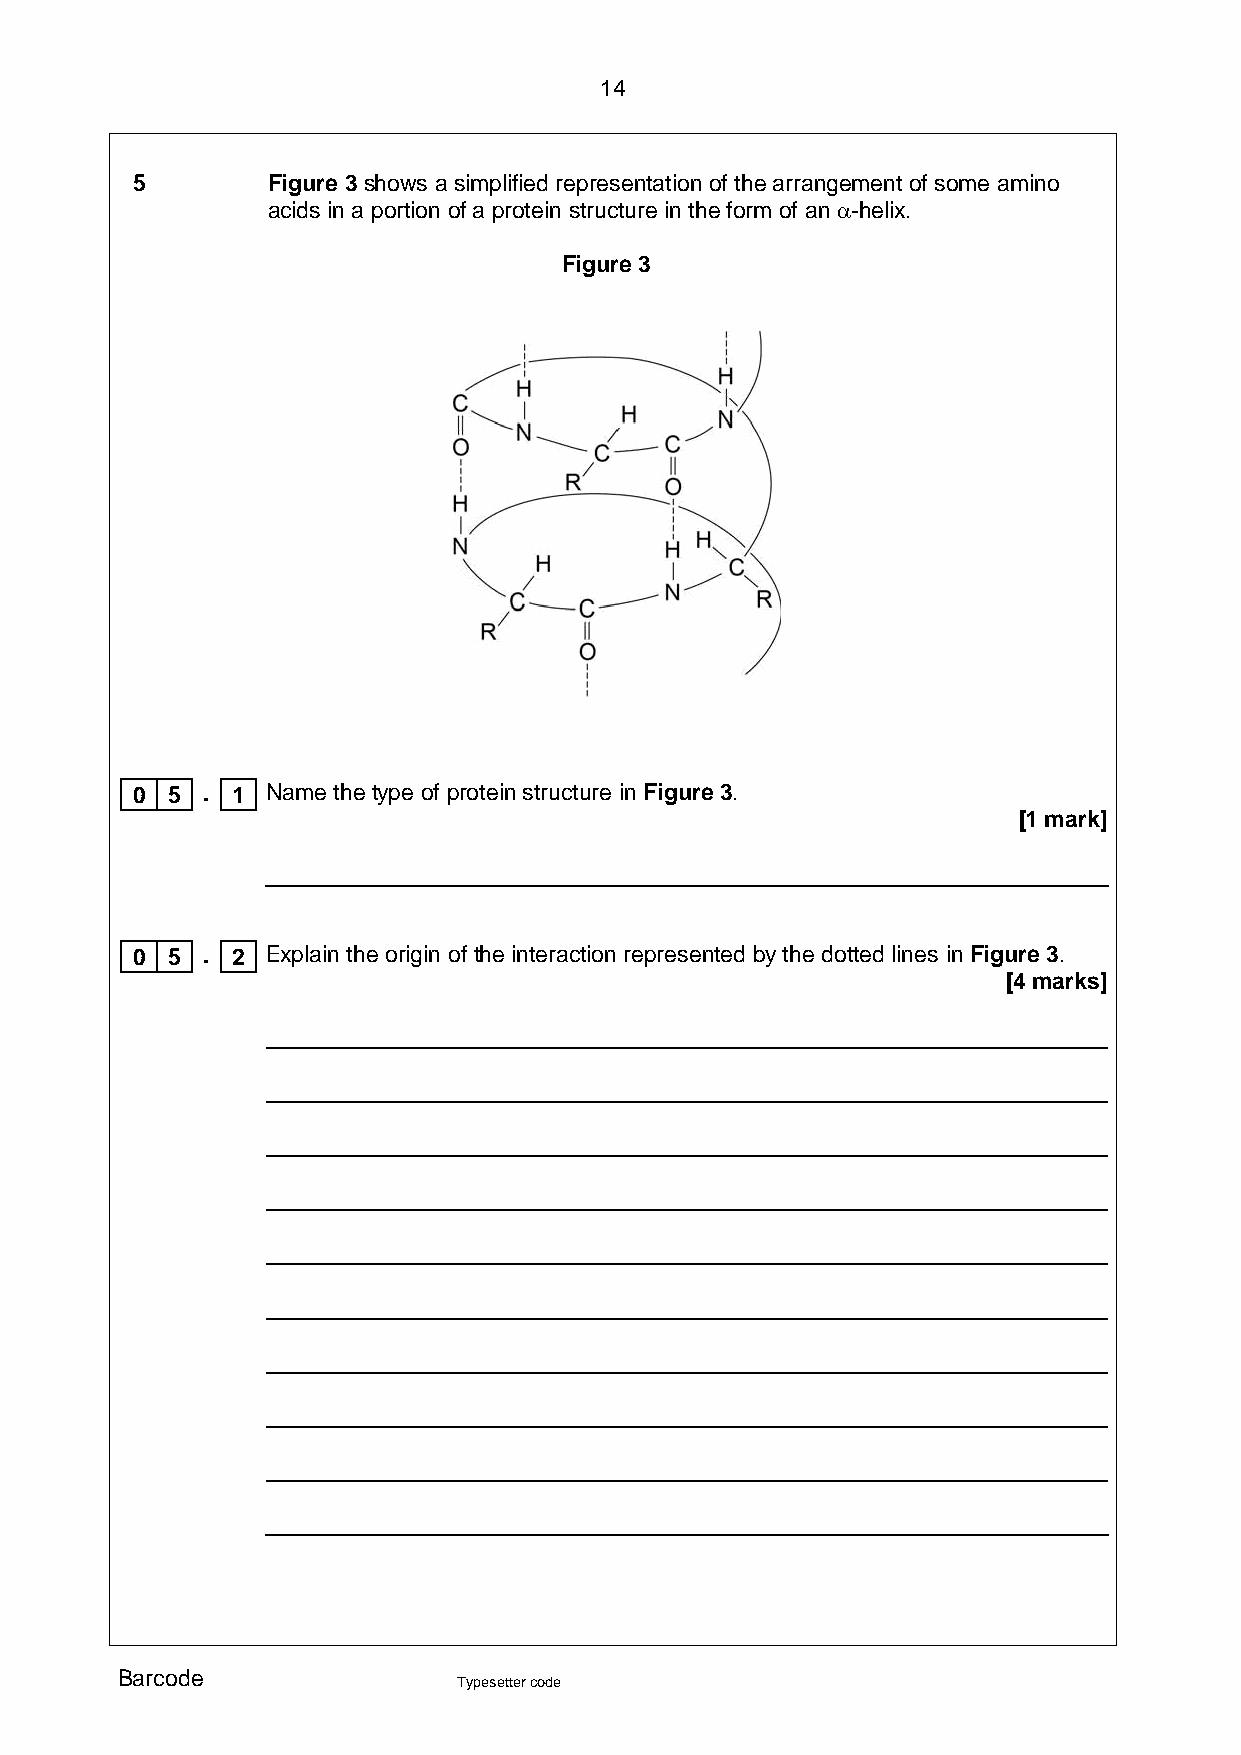
14
 5        Figure 3 shows a simplified representation of the arrangement of some amino
 acids in a portion of a protein structure in the form of an α-helix.
 Figure 3
 0 5 . 1  Name the type of protein structure in Figure 3.
 [1 mark]
 0 5 . 2  Explain the origin of the interaction represented by the dotted lines in Figure 3.
 [4 marks]
 Barcode
 Typesetter code